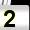
Digit: 2